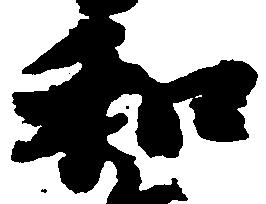
和